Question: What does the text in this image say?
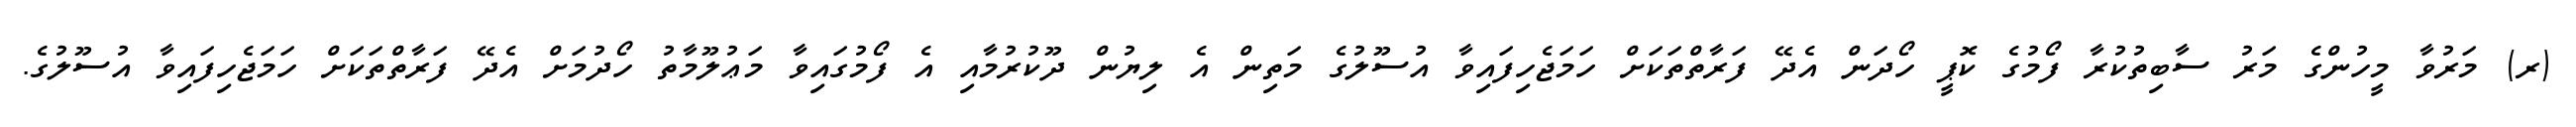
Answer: (ރ) މަރުވާ މީހުންގެ މަރު ސާބިތުކުރާ ފޯމުގެ ކޮޕީ ހޯދަން އެދޭ ފަރާތްތަކަށް ހަމަޖެހިފައިވާ އުސޫލުގެ މަތިން އެ ލިޔުން ދޫކުރުމާއި އެ ފޯމުގައިވާ މަޢުލޫމާތު ހޯދުމަށް އެދޭ ފަރާތްތަކަށް ހަމަޖެހިފައިވާ އުސޫލުގެ.